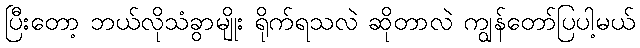
ပြီးတော့ ဘယ်လိုသံခွာမျိုး ရိုက်ရသလဲ ဆိုတာလဲ ကျွန်တော်ပြပါ့မယ်